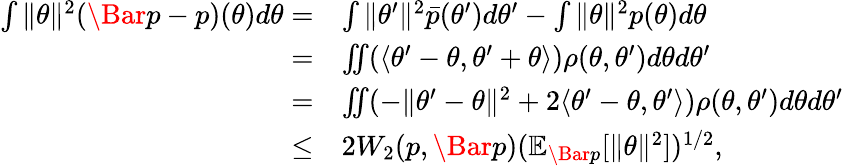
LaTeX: \begin{array}{rl}{\int\| \theta\| ^{2}(\Bar{p}-p)(\theta)d\theta=}&{\int\| \theta^{\prime}\| ^{2}\bar{p}(\theta^{\prime})d\theta^{\prime}-\int\| \theta\| ^{2}p(\theta)d\theta}\\ {=}&{\iint(\langle\theta^{\prime}-\theta,\theta^{\prime}+\theta\rangle)\rho(\theta,\theta^{\prime})d\theta d\theta^{\prime}}\\ {=}&{\iint(-\| \theta^{\prime}-\theta\| ^{2}+2\langle\theta^{\prime}-\theta,\theta^{\prime}\rangle)\rho(\theta,\theta^{\prime})d\theta d\theta^{\prime}}\\ {\leq}&{2W_{2}(p,\Bar{p})(\mathbb{E}_{\Bar{p}}[\| \theta\| ^{2}])^{1/2},}\end{array}